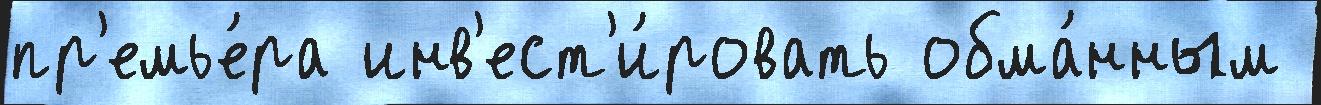
пр'емье́ра инв'ест'и́ровать обма́нным